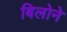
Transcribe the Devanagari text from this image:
बिलोने